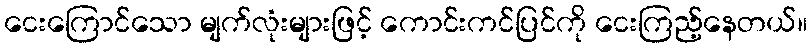
ငေးကြောင်သော မျက်လုံးများဖြင့် ကောင်းကင်ပြင်ကို ငေးကြည့်နေတယ်။